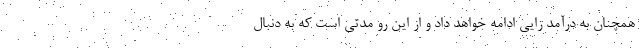
همچنان به درآمد زایی ادامه خواهد داد و از این رو مدتی است که به دنبال